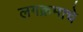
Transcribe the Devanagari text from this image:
लगक्रमाचे